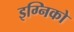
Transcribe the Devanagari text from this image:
इग्निको